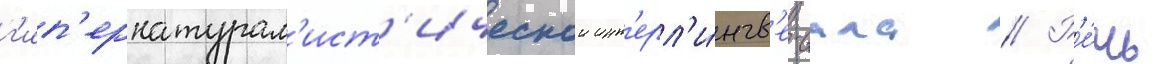
г'ип'ернатурал'ист'ическои инт'ерл'и́нгв'е-иала // Р'е́чь